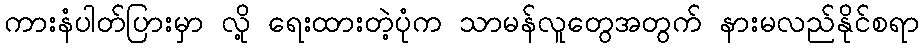
ကားနံပါတ်ပြားမှာ လို့ ရေးထားတဲ့ပုံက သာမန်လူတွေအတွက် နားမလည်နိုင်စရာ